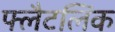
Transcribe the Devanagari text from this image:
फ्लैटलिंक